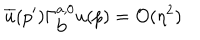
LaTeX: \overline { { u } } ( p ^ { \prime } ) \Gamma _ { \mathrm { b } } ^ { a , 0 } u ( p ) = { \cal O } ( \eta ^ { 2 } )